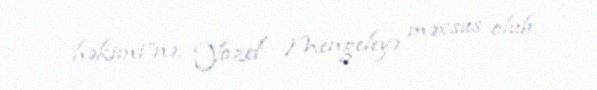
həkimi”nə, Yozef Mengeleyə məxsus olub.